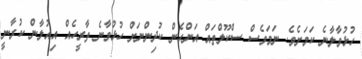
ހުޅުވާލާނެ ކަމަށެވެ. ނަމަވެސް ސްކޫލްތައް އަންހެން ކުދިންނަށް ހުޅުވާނެ ތާރީހެއް އިއުލާން ކުރާނީ